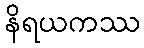
နိရယကဿ